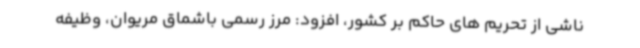
ناشی از تحریم های حاکم بر کشور، افزود: مرز رسمی باشماق مریوان، وظیفه